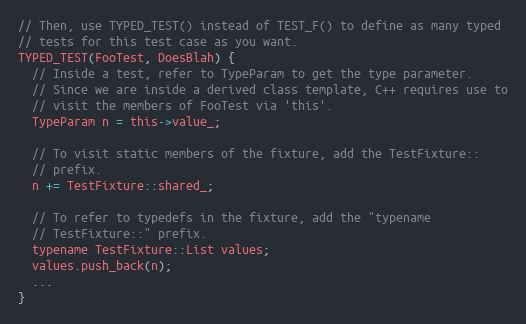
Language: C
// Then, use TYPED_TEST() instead of TEST_F() to define as many typed
// tests for this test case as you want.
TYPED_TEST(FooTest, DoesBlah) {
  // Inside a test, refer to TypeParam to get the type parameter.
  // Since we are inside a derived class template, C++ requires use to
  // visit the members of FooTest via 'this'.
  TypeParam n = this->value_;

  // To visit static members of the fixture, add the TestFixture::
  // prefix.
  n += TestFixture::shared_;

  // To refer to typedefs in the fixture, add the "typename
  // TestFixture::" prefix.
  typename TestFixture::List values;
  values.push_back(n);
  ...
}